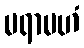
မရာမဟံ